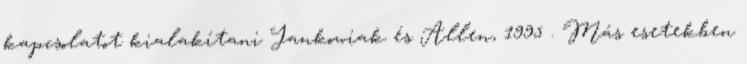
kapcsolatot kialakítani Jankowiak és Allen, 1995 . Más esetekben